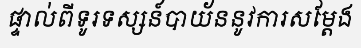
ផ្ទាល់ពីទូរទស្សន៍បាយ័ននូវការសម្តែង